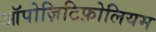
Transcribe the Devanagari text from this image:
ऑपोज़िटिफ़ोलियम